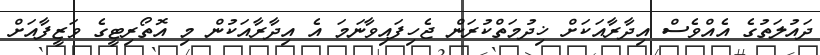
ދައުލަތުގެ އެއްވެސް އިދާރާއަކަށް ޚިދުމަތްކުރަން ޖެހިފައިވާނަމަ އެ އިދާރާއަކުން މި އޮތޯރިޓީގެ ވަޒީފާއަށް